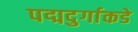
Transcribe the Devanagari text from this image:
पद्मदुर्गाकडे